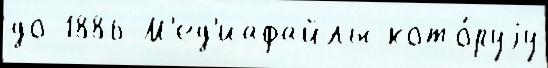
до 1886 М'ед'иафайлы кото́руjу